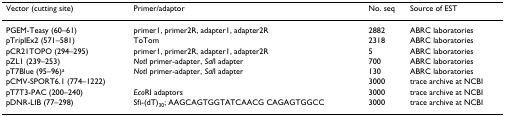
| Vector (cutting site) | Primer/adaptor | No. seq | Source of EST |
 | --- | --- | --- | --- |
 | PGEM-Teasy (60–61) | primer1, primer2R, adapter1, adapter2R | 2882 | ABRC laboratories |
 | pTriplEx2 (571–581) | ToTom | 2318 | ABRC laboratories |
 | pCR21TOPO (294–295) | primer1, primer2R, adapter1, adapter2R | 5 | ABRC laboratories |
 | pZL1 (239–253) | NotI primer-adapter, SalI adapter | 700 | ABRC laboratories |
 | pT7Blue (95–96)a | NotI primer-adapter, SalI adapter | 130 | ABRC laboratories |
 | pCMV-SPORT6.1 (774–1222) |  | 3000 | trace archive at NCBI |
 | pT7T3-PAC (200–240) | EcoRI adaptors | 3000 | trace archive at NCBI |
 | pDNR-LIB (77–298) | Sfi-(dT)30; AAGCAGTGGTATCAACG CAGAGTGGCC | 3000 | trace archive at NCBI |